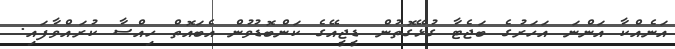
އަނެއްކާ އަންނަ އަހަރުގެ ބަޖެޓާ ގުޅޭގޮތުން ޑީޖީއޭގެ ކަންބޮޑުވުން އެބައޮތް ހިއްސާ ކުރައްވާފައި.